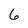
Character: 6